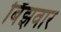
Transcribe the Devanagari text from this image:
बिँझवार